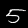
Label: 5